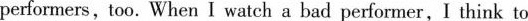
performers, too. When I watch a bad performer,I think to